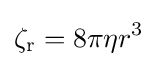
\zeta _{\text{r}}=8\pi \eta r^{3}